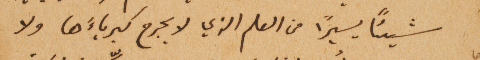
شيئاً يسيراً من العلم الذي لا يجرح كبرياءَها ولا